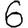
Digit: 6